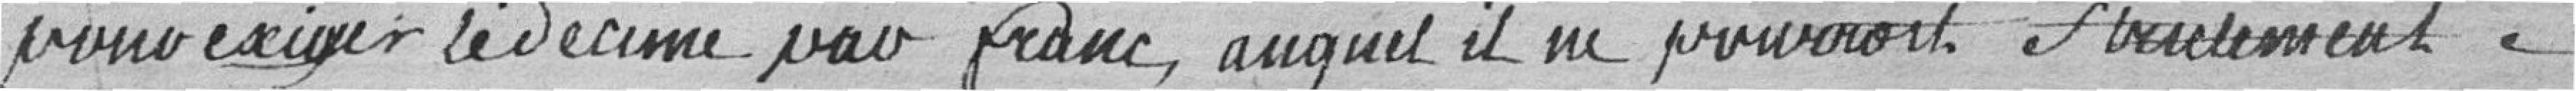
pour exiger la décime par franc, auquel il ne pourrait  Strictement